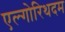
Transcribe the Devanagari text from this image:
एल्गोरिथदम